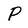
Character: P